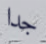
جدا